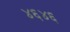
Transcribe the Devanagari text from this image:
४६४६